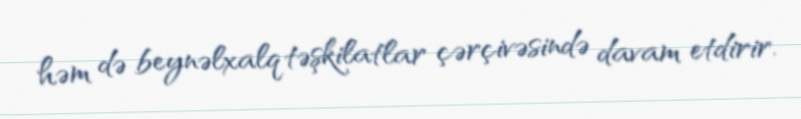
həm də beynəlxalq təşkilatlar çərçivəsində davam etdirir.